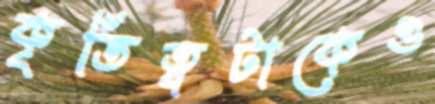
কৃতিত্বটাকেও